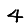
Digit: 4